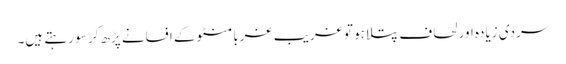
سردی زیادہ اور لحاف پتلا ہو تو غریب غربا منٹو کے افسانے پڑھ کر سو رہتے ہیں۔